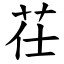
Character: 茌